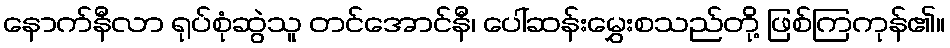
နောက်နီလာ ရုပ်စုံဆွဲသူ တင်အောင်နီ၊ ပေါ်ဆန်းမွှေးစသည်တို့ ဖြစ်ကြကုန်၏။